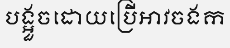
បង្អួចដោយប្រើអាវចងក